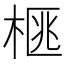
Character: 𭪜